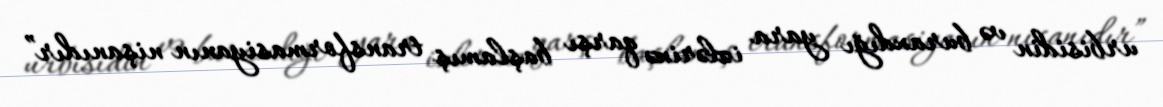
urbisidin və buraxdığı yara izlərinə qarşı başlamış transformasiyanın nişanıdır”